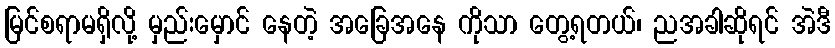
မြင်စရာမရှိလို့ မှည်းမှောင် နေတဲ့ အခြေအနေ ကိုသာ တွေ့ရတယ်၊ ညအခါဆိုရင် အဲဒီ